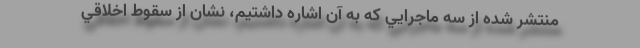
منتشر شده از سه ماجرايي كه به آن اشاره داشتيم، نشان از سقوط اخلاقي